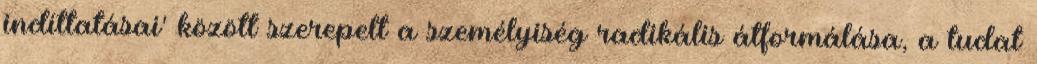
indíttatásai' között szerepelt a személyiség radikális átformálása, a tudat